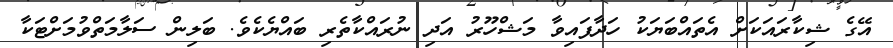
އޭގެ ޝިކާރައަކަށް އެތައްބަޔަކު ހަދާފައިވާ މަޝްހޫރު އަދި ނުރައްކާތެރި ބައްޔެކެވެ. ބަލިން ސަލާމަތްވުމަށްޓަކާ